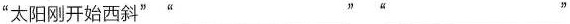
”太阳刚开始西料”“___”“___”